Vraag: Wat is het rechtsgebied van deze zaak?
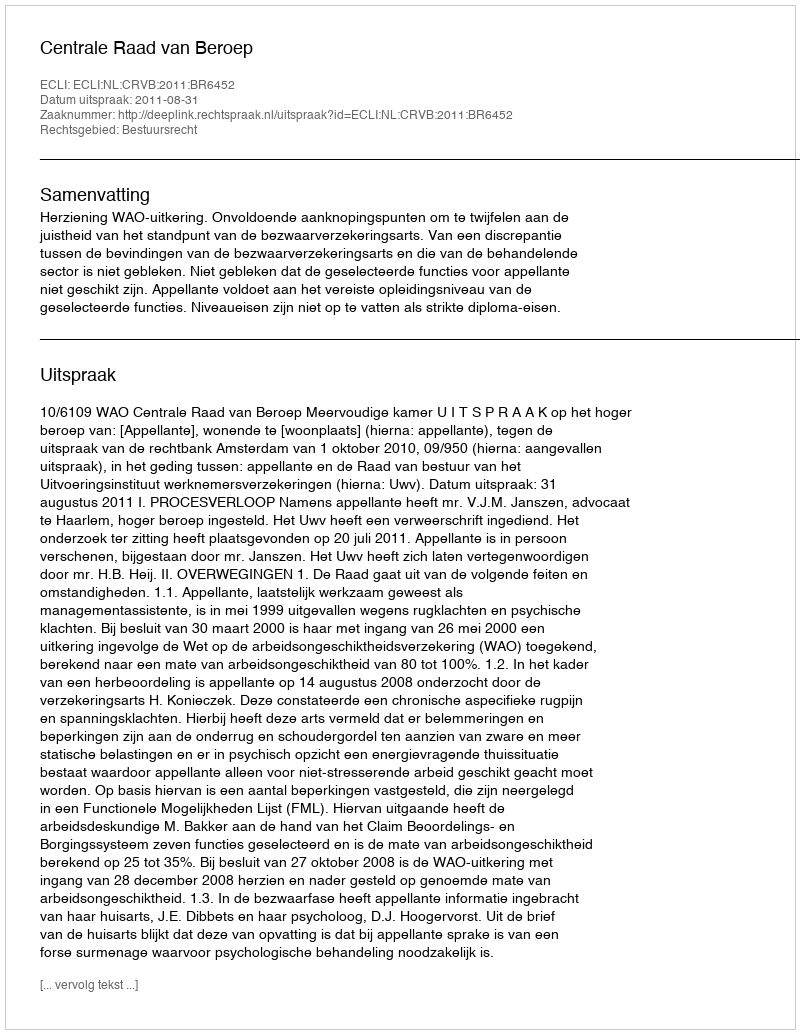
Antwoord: Bestuursrecht